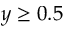
y \geq 0 . 5